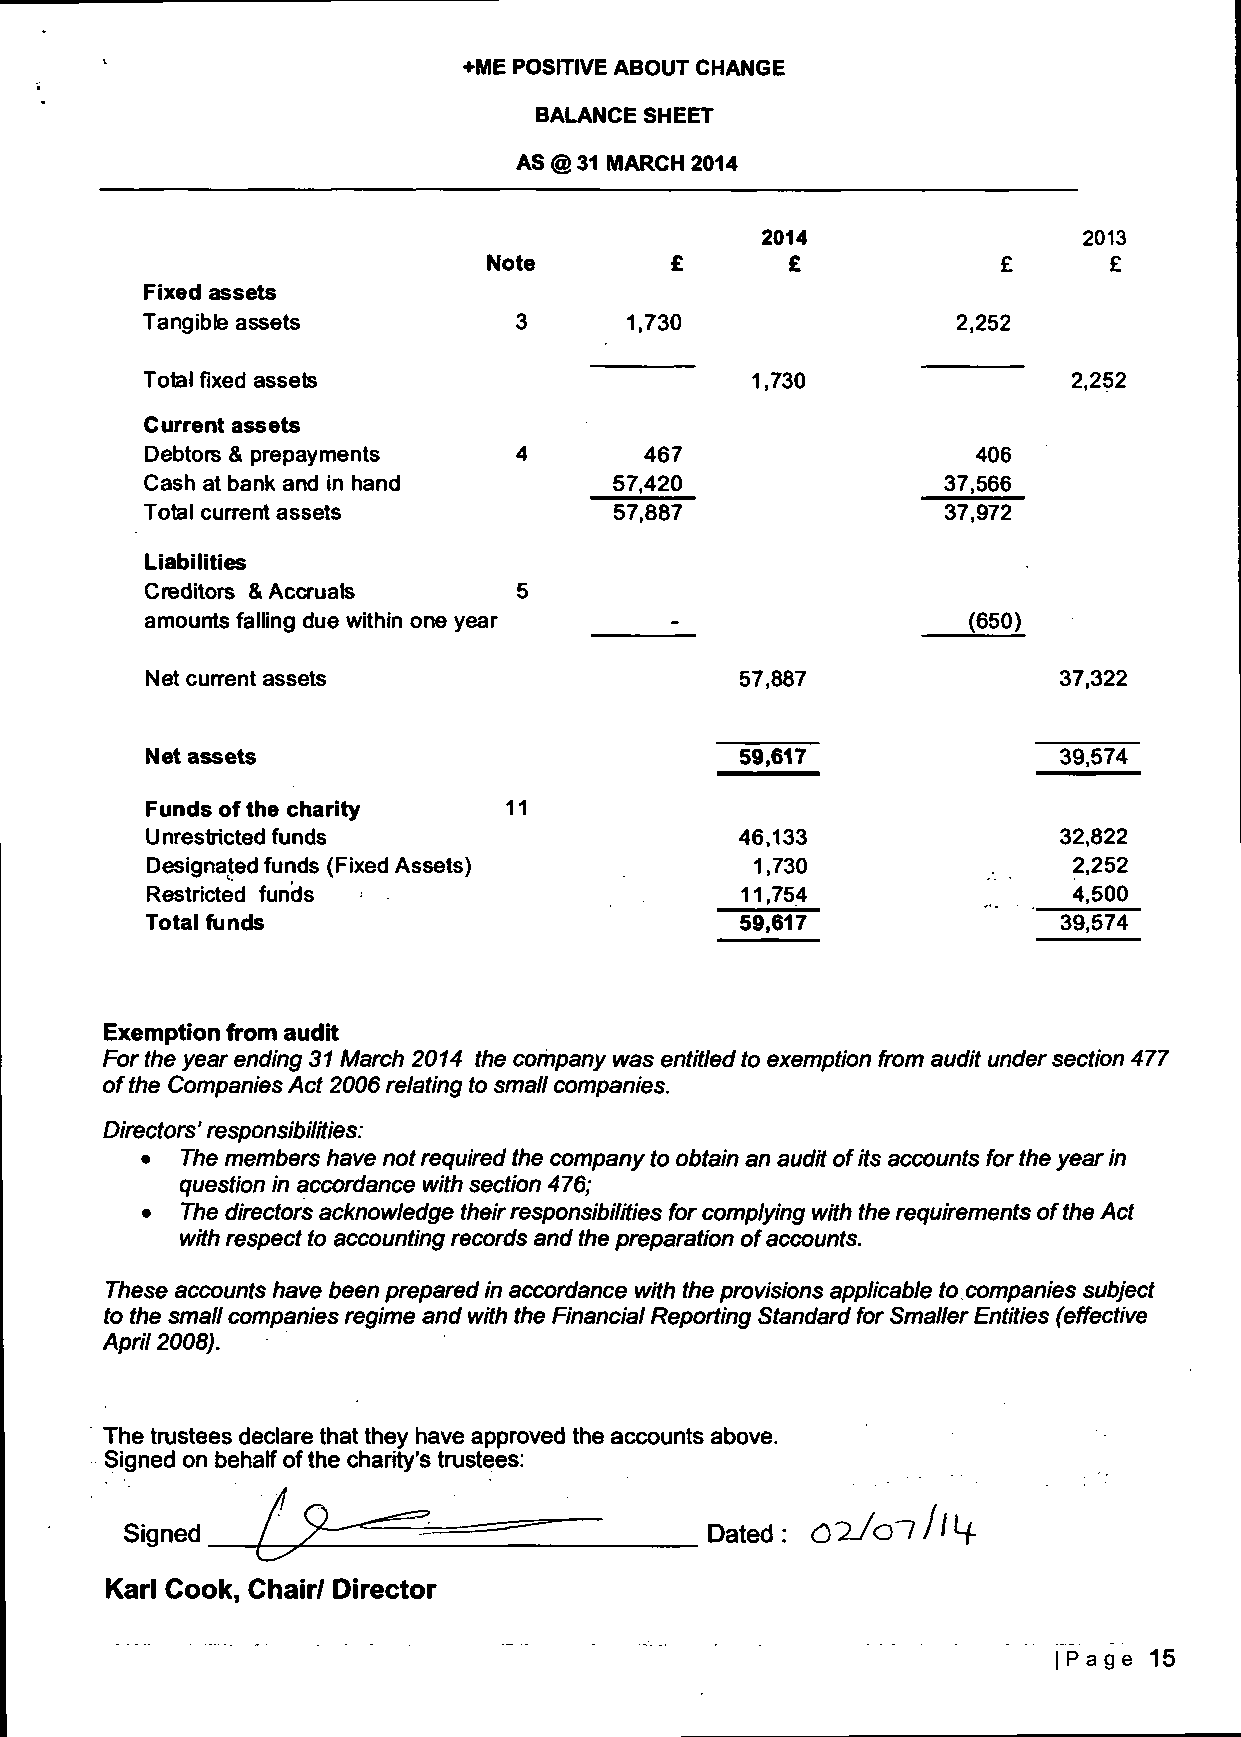
+ME POSITIVE ABOUT CHANGE
 BALANCE SHEET
 AS @ 31 MARCH 2014
 2014                  2013
 Note        £       £             £      £
 Fixed assets
 Tangible assets          3      1,730                 2,252
 Total fixed assets                      1,730                2,252
 Current assets
 Debtors & prepayments   4        467                   406
 Cash at bank and in hand       57,420               37,566
 Total current assets           57,887               37,972
 Liabilities
 Creditors & Accruals    5
 amounts falling due within one year                   (650)
 Net current assets                     57,887               37,322
 Net assets                             59,617               39,574
 Funds of the charity   11
 Unrestricted funds                     46,133               32,822
 Designated funds (Fixed Assets)         1,730                2,252
 Restricted funds                       11,754                4,500
 Total funds                            59,617               39,574
 Exemption from audit
 For the year ending 31 March 2014 the company was entitled to exemption from audit under section 477
 of the Companies Act 2006 relating to small companies.
 Directors' responsibilities:
 •  The members have not required the company to obtain an audit of its accounts for the year in
 question in accordance with section 476;
 •  The directors acknowledge their responsibilities for complying with the requirements of the Act
 with respect to accounting records and the preparation of accounts.
 These accounts have been prepared in accordance with the provisions applicable to companies subject
 to the small companies regime and with the Financial Reporting Standard for Smaller Entities (effective
 April 2008).
 The trustees declare that they have approved the accounts above.
 Signed on behalf of the charity's trustees:
 Signed                                 Dated: C ^ J o l h ^-
 Karl Cook, Chair/ Director
 | P a g e 15